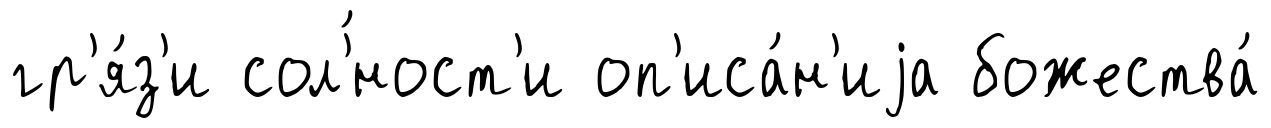
гр'я́з'и сол'́ност'и оп'иса́н'иjа божества́